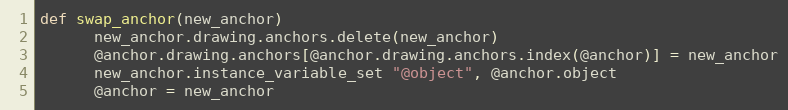
Language: Ruby
def swap_anchor(new_anchor)
      new_anchor.drawing.anchors.delete(new_anchor)
      @anchor.drawing.anchors[@anchor.drawing.anchors.index(@anchor)] = new_anchor
      new_anchor.instance_variable_set "@object", @anchor.object
      @anchor = new_anchor